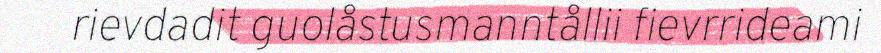
rievdadit guolåstusmanntållii fievrrideami